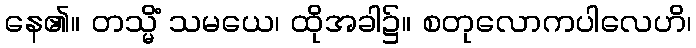
နေ၏။ တသ္မိံ သမယေ၊ ထိုအခါ၌။ စတုလောကပါလေဟိ၊